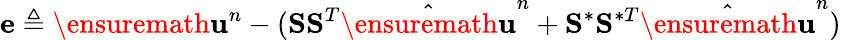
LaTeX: \mathbf{e}\triangleq\ensuremath{\mathbf{u}}^{n}-(\mathbf{S}\mathbf{S}^{T}\hat{\ensuremath{\mathbf{u}}}^{n}+\mathbf{S}^{\ast}\mathbf{S}^{\ast T}\hat{\ensuremath{\mathbf{u}}}^{n})